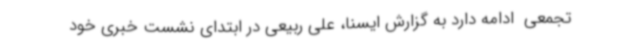
تجمعی  ادامه دارد به گزارش ایسنا، علی ربیعی در ابتدای نشست خبری خود